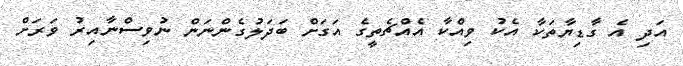
އަދި އެ ގާޑިޔާތަކާ އެކު ވިއްކާ އެއްޗެތީގެ އަގަށް ބަދަލުގެންނަން ނުވިސްނާއިރު ވަރަށް